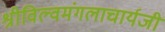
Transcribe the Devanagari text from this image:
श्रीविल्वमंगलाचार्यजी